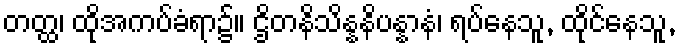
တတ္ထ၊ ထိုအကပ်ခံရာ၌။ ဌိတနိသိန္နနိပန္နာနံ၊ ရပ်နေသူ, ထိုင်နေသူ,